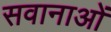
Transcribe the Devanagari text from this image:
सवानाओं